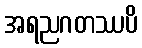
အရညဂတဿပိ